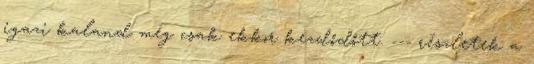
igazi kaland még csak ekkor kezdődőtt. --- részletek a